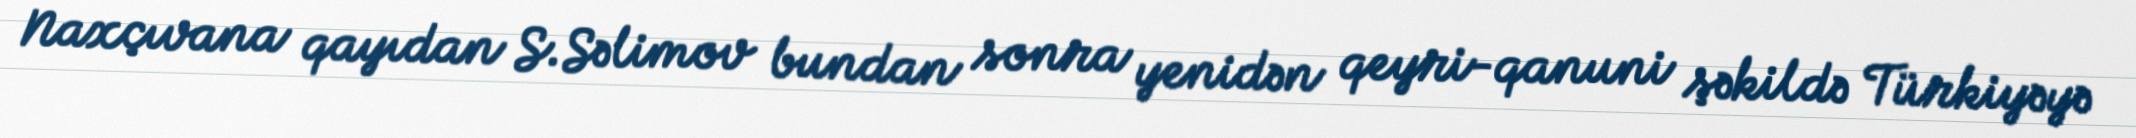
Naxçıvana qayıdan S.Səlimov bundan sonra yenidən qeyri-qanuni şəkildə Türkiyəyə